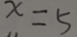
x = 5